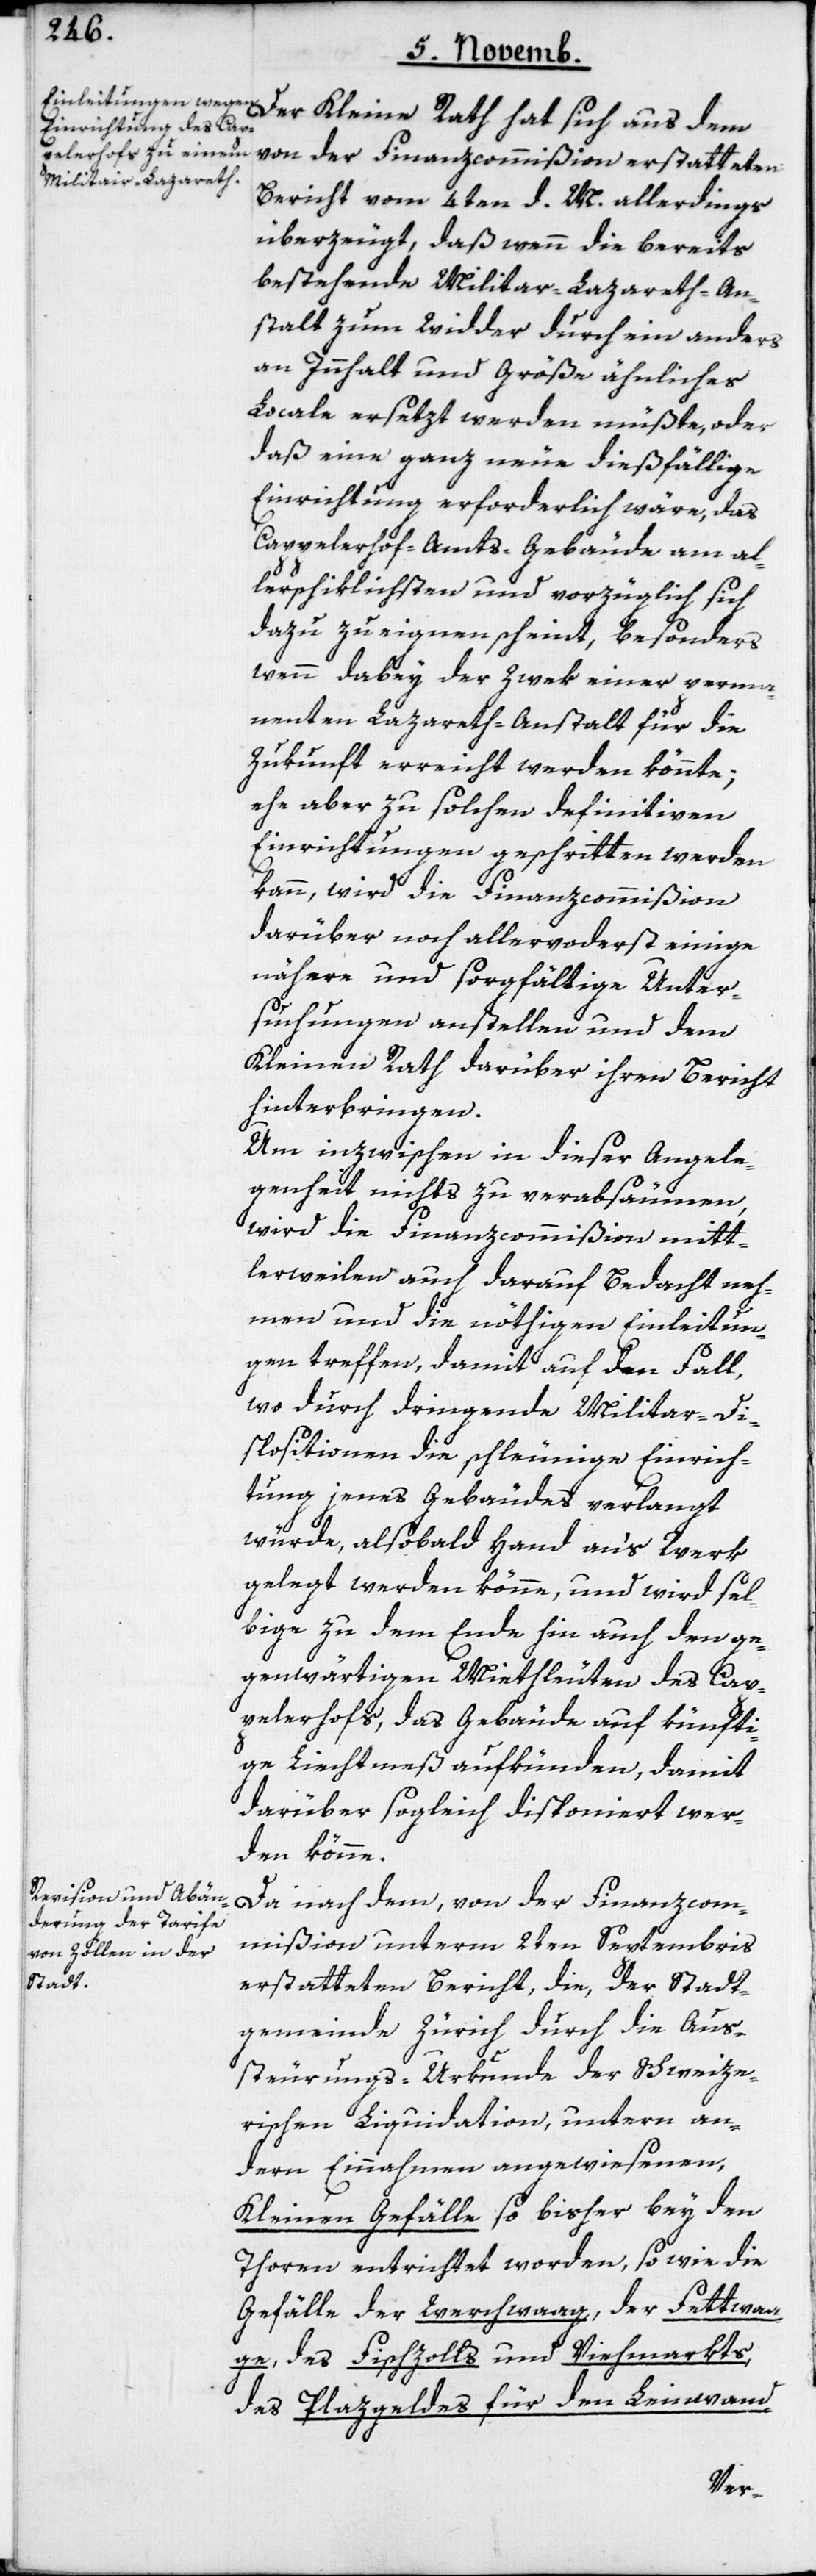
von der Finanzcommißion erstatteten
Bericht vom 4ten d. M. allerdings
überzeugt, daß wenn die bereits
bestehende Militar-Lazareth-An¬
stalt zum Widder durch ein anders
an Innhalt und Größe ähnliches
Locale ersetzt werden müßte, oder
daß eine ganz neue dießfällige
Einrichtung erforderlich wäre, das
Cappelerhof-Amts-Gebäude am al¬
lerschiklichsten und vorzüglich sich
dazu zu eignen scheint, besonders
wenn dabey der Zwek einer perma¬
nenten Lazareth-Anstalt für die
Zukunft erreicht werden könnte;
ehe aber zu solchen definitiven
Einrichtungen geschritten werden
kann, wird die Finanzcommißion
darüber noch allervorderst einige
nähere und sorgfältige Unter¬
suchungen anstellen und dem
Kleinen Rath darüber ihren Bericht
hinterbringen.
Um inzwischen in dieser Angele¬
genheit nichts zu verabsäumen,
wird die Finanzcommißion mitt¬
lerweilen auch darauf Bedacht neh¬
men und die nöthigen Einleitun¬
gen treffen, damit auf den Fall,
wo durch dringende Militar-Di¬
spositionen die schleunige Einrich¬
tung jenes Gebäude verlangt
würde, alsobald Hand ans Werk
gelegt werden könne, und wird sel¬
bige zu dem Ende hin auch den ge¬
genwärtigen Miethleuten des Cap¬
pelerhofs, das Gebäude auf künfti¬
ge Liechtmeß aufkünden, damit
darüber sogleich disponiert wer¬
den könne.
Da nach dem, von der Finanzcom¬
mißion unterm 2ten Septembris
erstatteten Bericht, die, der Stadt¬
gemeinde Zürich durch die Aus¬
steurungs-Urkunde der Schweize¬
rischen Liquidation, untern an¬
dern Einnahmen angewiesenen,
kleinen Gefälle so bisher bey den
Thoren entrichtet worden, so wie die
Gefälle der Werchwaag, der Fettwaa¬
ge, des Fischzolls und Viehmakts,
des Plazgeldes für den Leinwand-